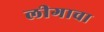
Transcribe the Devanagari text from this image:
लीगाचा